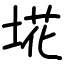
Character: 埖